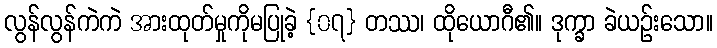
လွန်လွန်ကဲကဲ အားထုတ်မှုကိုမပြုခဲ့ {၀၇} တဿ၊ ထိုယောဂီ၏။ ဒုက္ခာ ခဲယဉ်းသော။